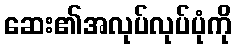
ဆေး၏အလုပ်လုပ်ပုံကို